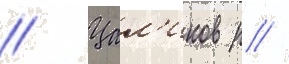
// Цал'иков р //